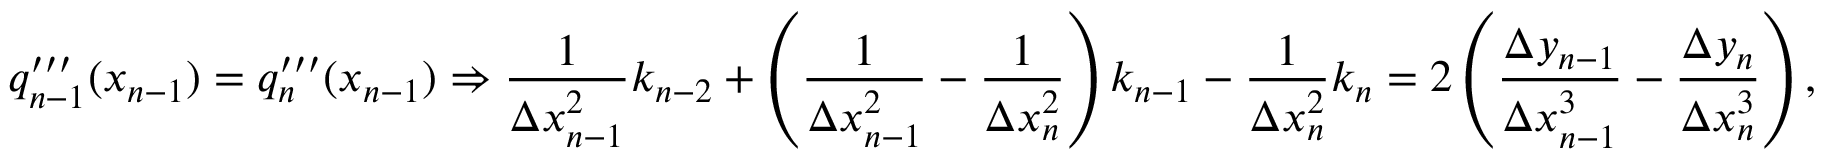
q _ { n - 1 } ^ { \prime \prime \prime } ( x _ { n - 1 } ) = q _ { n } ^ { \prime \prime \prime } ( x _ { n - 1 } ) \Rightarrow { \frac { 1 } { \Delta x _ { n - 1 } ^ { 2 } } } k _ { n - 2 } + \left( { \frac { 1 } { \Delta x _ { n - 1 } ^ { 2 } } } - { \frac { 1 } { \Delta x _ { n } ^ { 2 } } } \right) k _ { n - 1 } - { \frac { 1 } { \Delta x _ { n } ^ { 2 } } } k _ { n } = 2 \left( { \frac { \Delta y _ { n - 1 } } { \Delta x _ { n - 1 } ^ { 3 } } } - { \frac { \Delta y _ { n } } { \Delta x _ { n } ^ { 3 } } } \right) ,